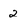
Character: 2